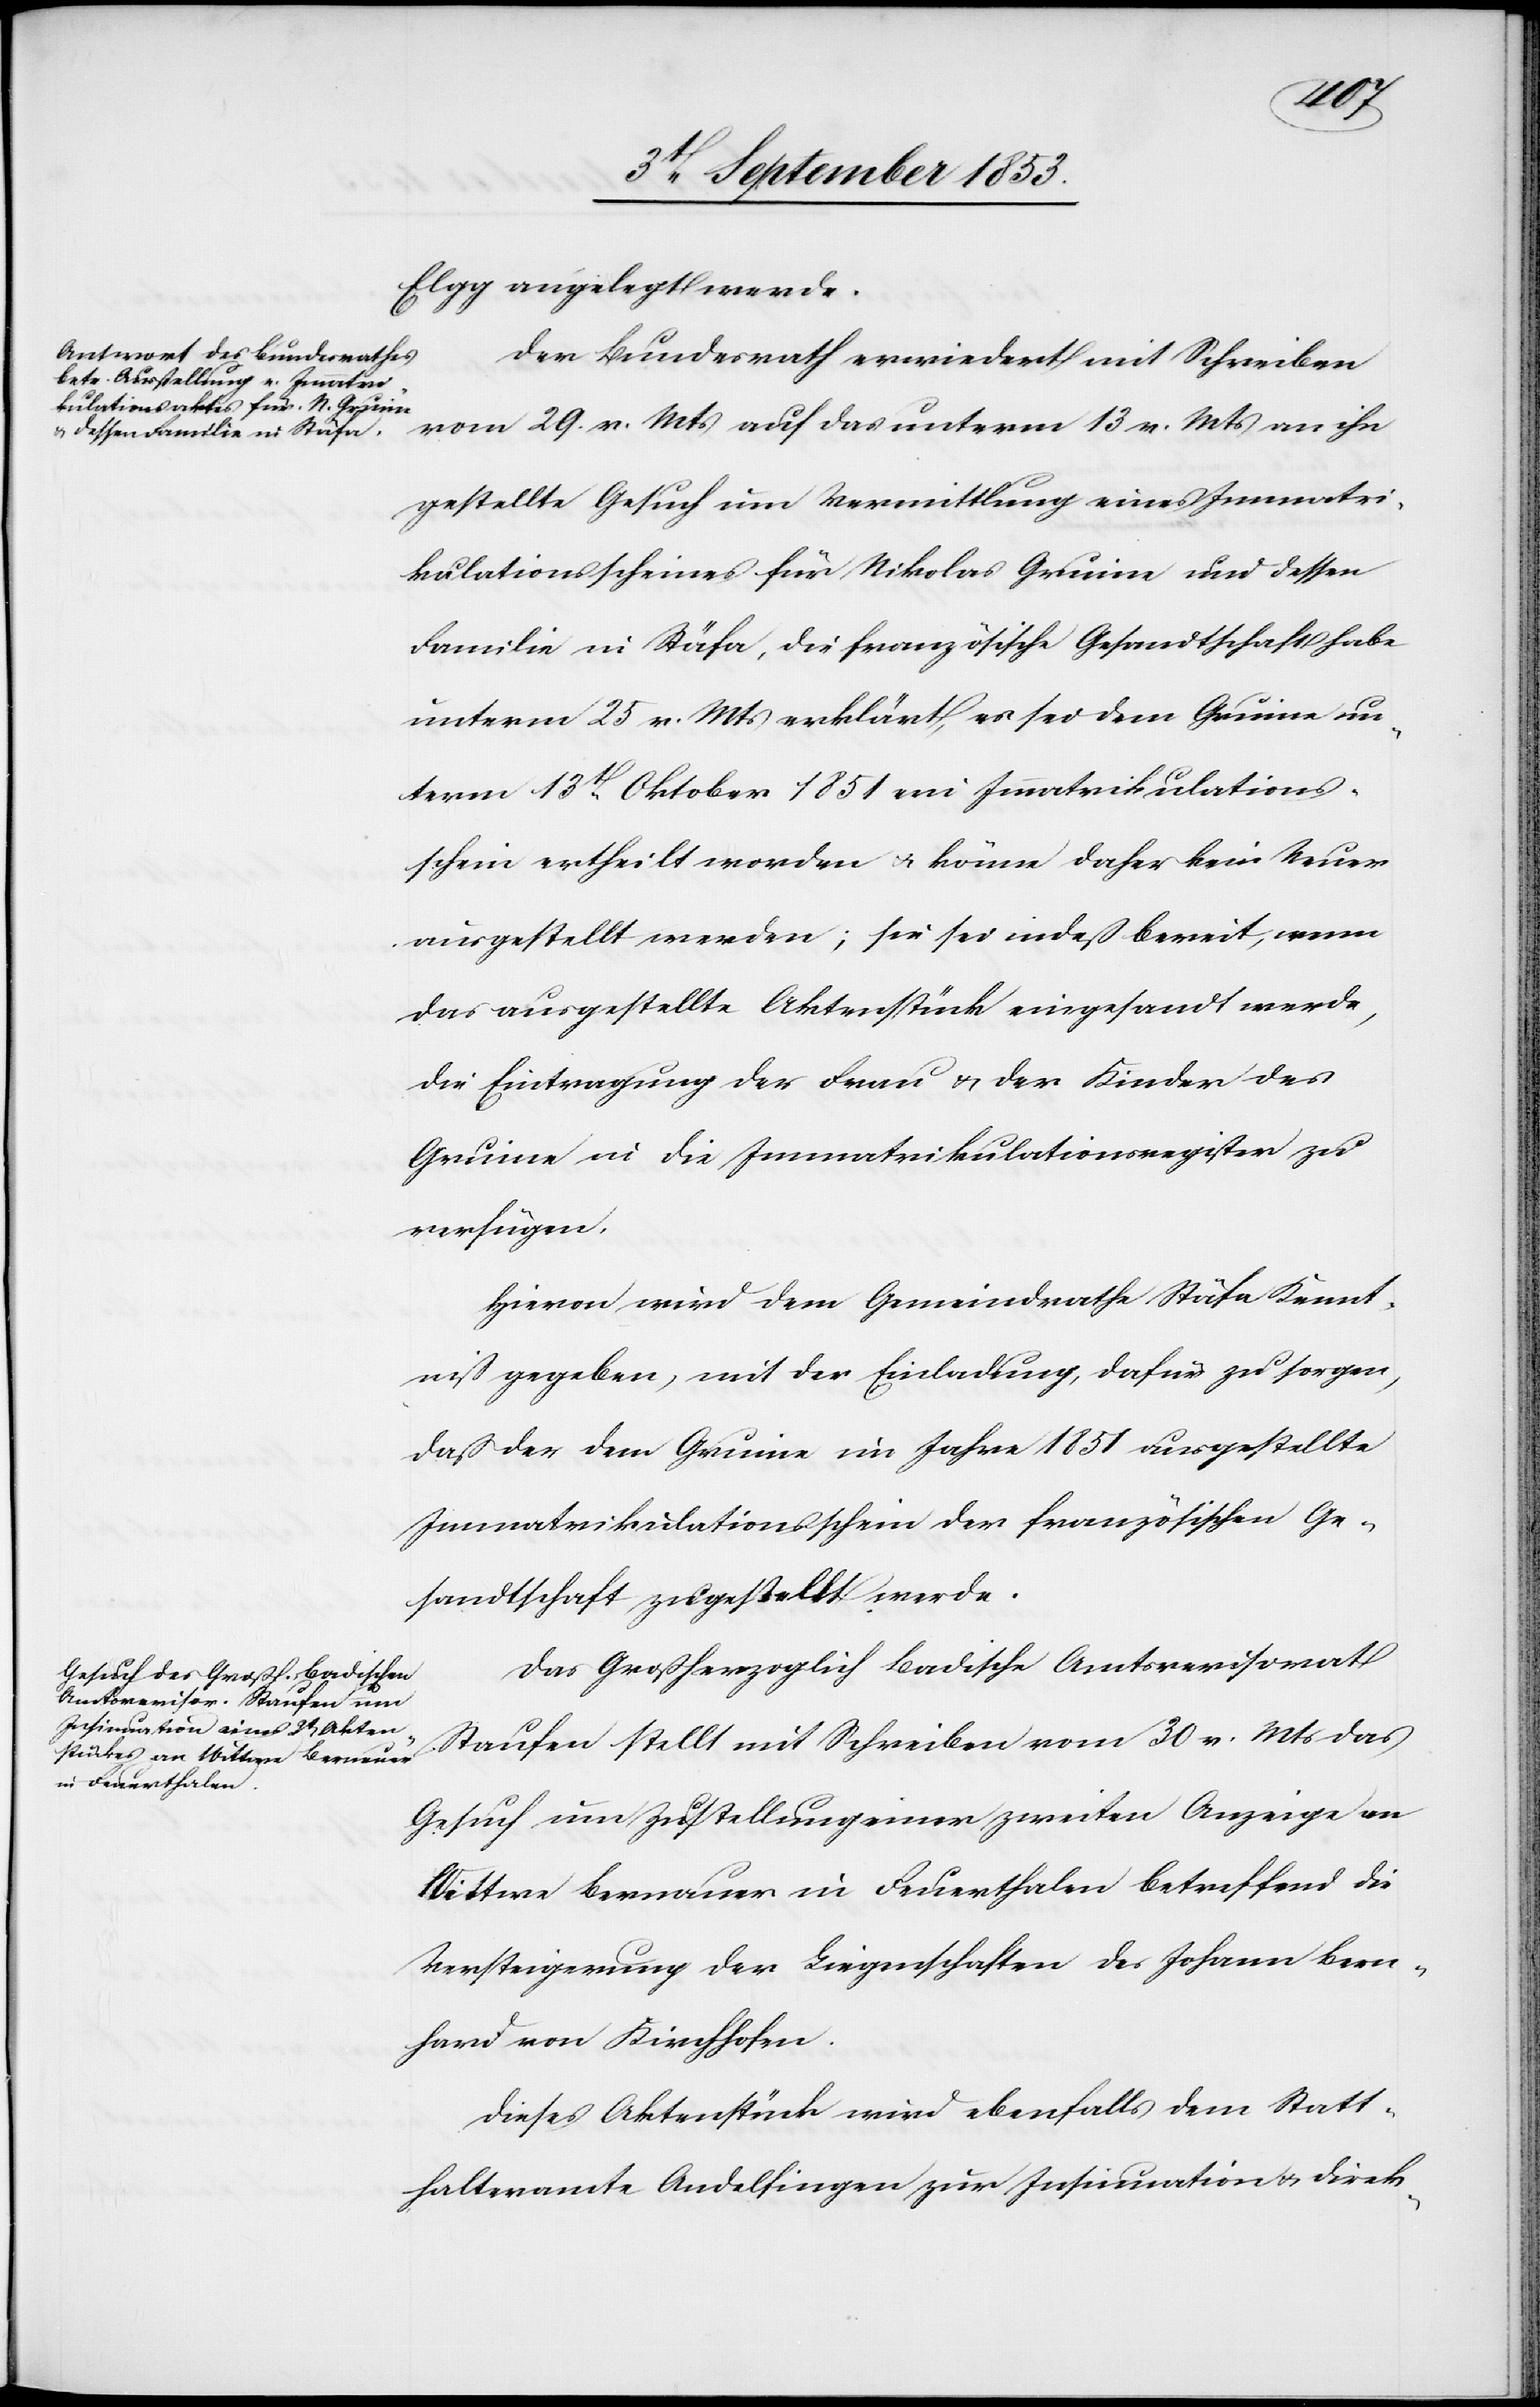
Elgg angelegt werde.
Der Bundesrath erwiedert mit Schreiben
vom 29 v. Mts. auch das unterm 13 v. Mts. an ihn
gestellte Gesuch um Vermittlung eines Immatri¬
kulationsscheines für Nikolas Gruine und dessen
Familie in Stäfa, die französische Gesandtschaft habe
unterm 25 v. Mts. erklärt, es sei dem Gruine un¬
term 13t Oktober 1851 ein Immatrikulations¬
schein ertheilt worden u. könne daher kein Neuer
ausgestellt werden; sie sei indeß bereit, wenn
das ausgestellte Aktenstück eingesandt werde,
die Eintragung der Frau u. der Kinder des
Gruine in die Immatrikulationsregister zu
verfügen.
Hievon wird dem Gemeindrathe Stäfa Kennt¬
niß gegeben, mit der Einladung dafür zu sorgen,
daß der dem Gruine im Jahre 1851 ausgestellte
Immatrikulationsschein der französischen Ge¬
sandtschaft zugestellt werde.
Das Großherzoglich Badische Amtsrevisorat
Staufen stellt mit Schreiben vom 30 v. Mts. das
Gesuch um Zustellung einer zweiten Anzeige an
Wittwe Bernauer in Feuerthalen betreffend die
Versteigerung der Liegenschaften des Johann Bern¬
hard von Kirchofen.
Dieses Aktenstück wird ebenfalls dem Statt¬
halteramte Andelfingen zur Insinuation u. direk-